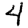
Digit: 4